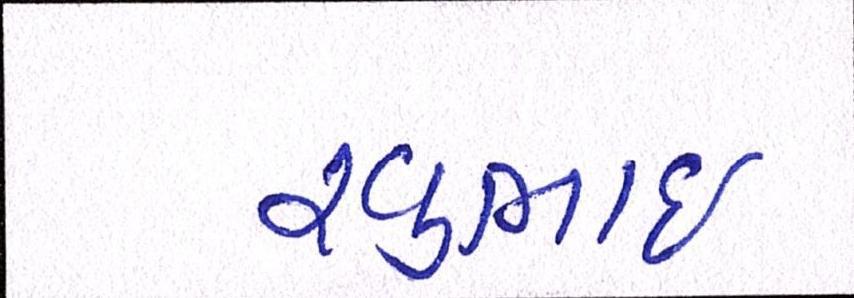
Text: રવુભાઇ